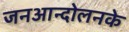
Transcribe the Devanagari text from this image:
जनआन्दोलनके